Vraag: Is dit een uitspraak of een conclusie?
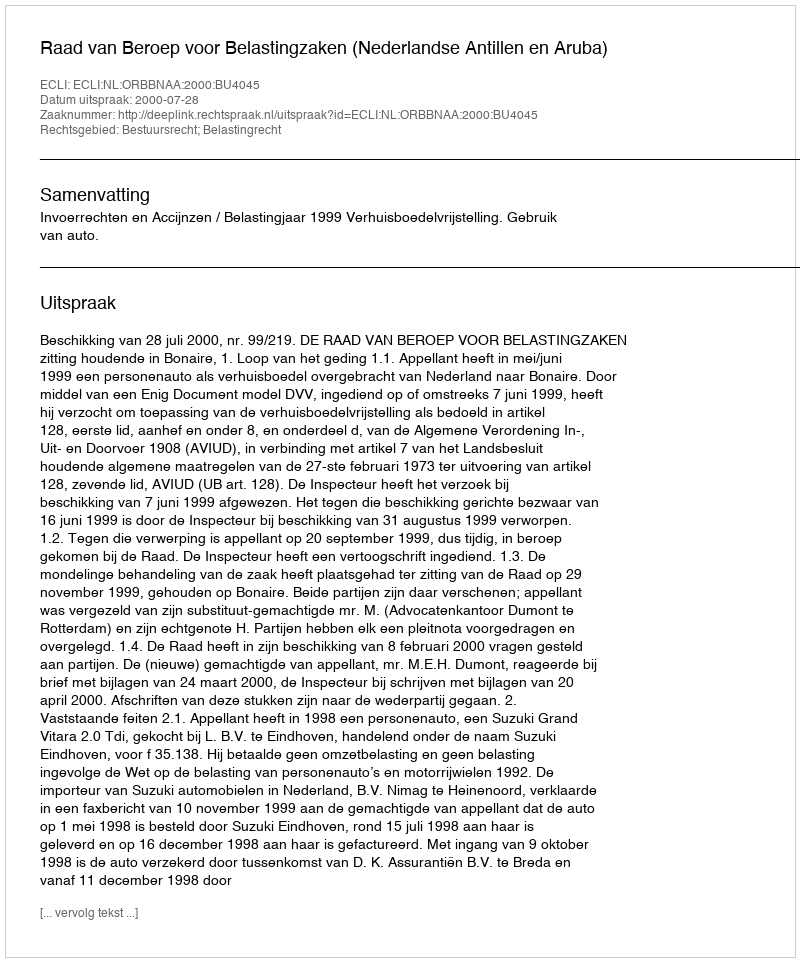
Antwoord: Uitspraak